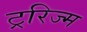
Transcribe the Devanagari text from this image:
ट्ररिज्म